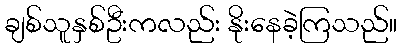
ချစ်သူနှစ်ဦးကလည်း နိုးနေခဲ့ကြသည်။